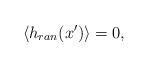
LaTeX: \begin{align*}\langle h_{ran}(x')\rangle=0,\end{align*}